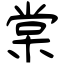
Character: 棠